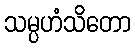
သမ္ပဟံသိတော